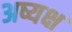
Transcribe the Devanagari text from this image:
अष्यक्ष